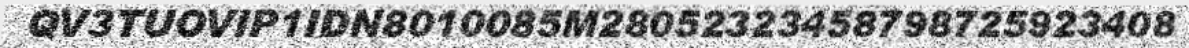
QV3TUOVIP1IDN8010085M28052323458798725923408